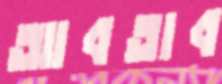
আবতাব